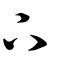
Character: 丅